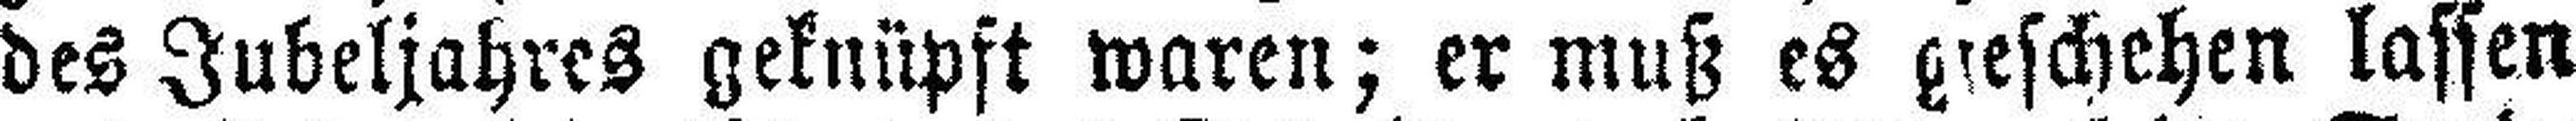
des Jubeljahres geknüpft waren; er muß es geschehen lassen